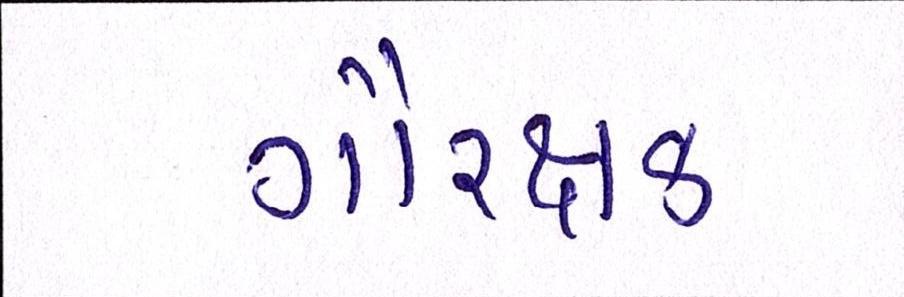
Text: ગૌરક્ષક